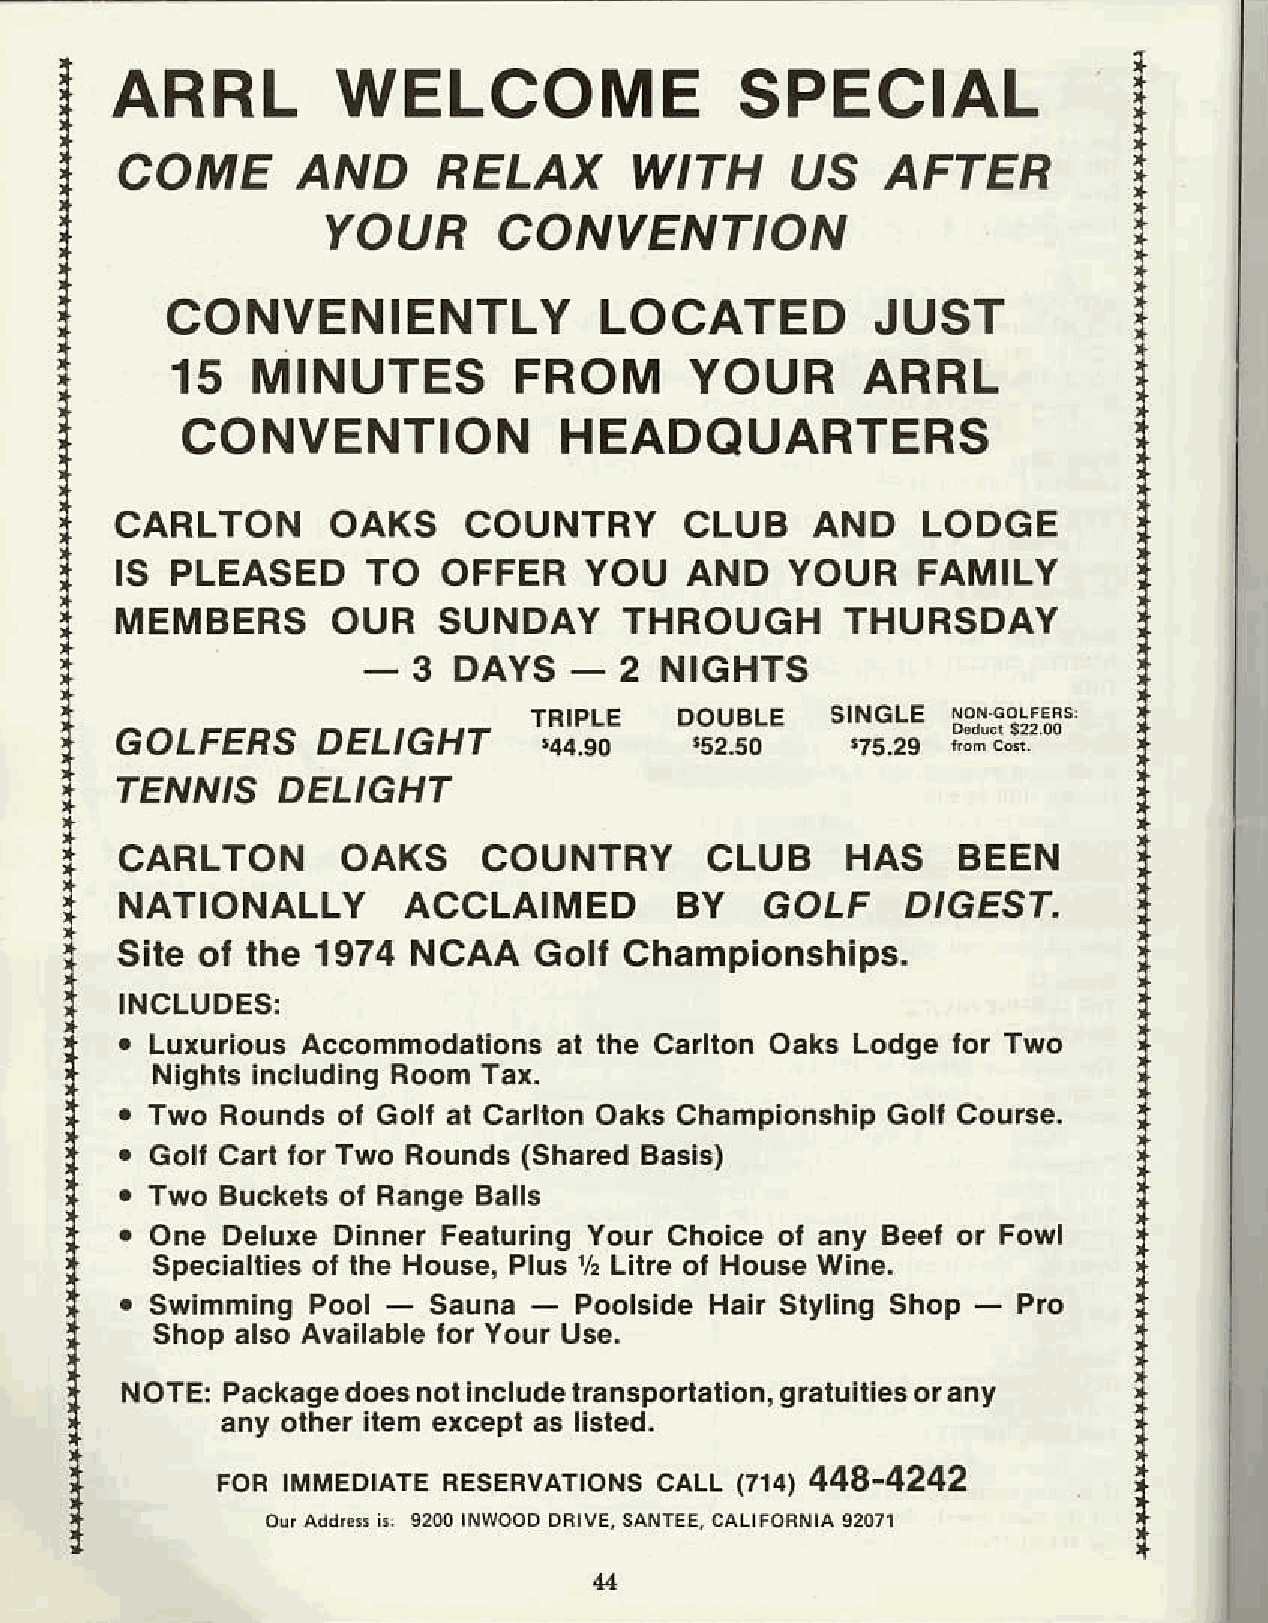
i
 I   A  R   R    LW      E  L   C   O   M    ES   P   E  C    I A  L
 T
 t
 COME        AND      RELAXW           ITH   US     AFTER
 T
 I                 YOUR       CONVENTION
 i
 CONVENIENTLYL                  OCATEDJ           UST
 15    MINUTESF            ROMY       OURA        RRL
 CONVENTIONH                 EADOUARTERS
 CARLTON       OAKS     COUNTRY       CLUB     AND    LODGE
 I
 IS PLEASEDT       O  OFFERY      OU   AND   YOUR     FAMILY
 i   MEMBERSO        UR   SUNDAYT       HROUGHT        HURSDAY
 _3
 i                         DAYS_2        NIGHTS
 NNUELE    SINGLE
 TT,:iIiE"i,
 GOLFEFS      DELTGHT        :;.;     lr.uo      75.2e  bn6.
 TENNISD      ELIGHT
 CARLTON        OAKS     COUNTRY        CLUB     HAS     BEEN
 I
 NATIONALLY         ACCLAIMED         BY    GOLF     D'GEST.
 I
 Site ol the  1974N   CAA   Goll  Championships.
 INCLUDES:
 . LuxuriousA  ccommodationast   lhe CarltonO aks Lodgel or Two
 Nightsi ncludingR oomT ax.
 . Two  Roundso  l Goll al CarllonO aksC hampionshlGp olt Courge.
 i
 . Goll Carl lor Two Rounds( SharedB asis)
 . Two  Buckelso l RangeB alls
 . One  DeluxeD  innerF eaturingY olr Choiceo t any Beel or Fowl
 SDecialtieosl lhe House.P lus% Lilre ol HouseW ine.
 . SwlmmlngP   ool -  Sauna-   PoolsldeH  alr Slyllng Shop - Pro
 ShoDa  lso AYellablelo r Your lJse.
 +
 NOTE:P  ackaged oesn ol includetr ansporlaliong,€l uities orany
 any olher llem excepla s llsled.
 FORI  MMEDIATEF  ESEFVATIONCSA   I,L Q14I 448.4242
 I